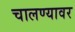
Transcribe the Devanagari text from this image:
चालण्यावर